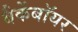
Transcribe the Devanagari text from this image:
बैकेंबॉयर